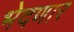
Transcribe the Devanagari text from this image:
भेदणार